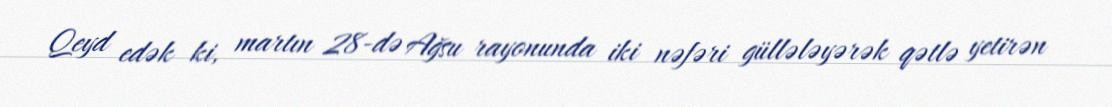
Qeyd edək ki, martın 28-də Ağsu rayonunda iki nəfəri güllələyərək qətlə yetirən